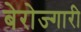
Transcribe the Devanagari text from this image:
बेरोज्गारी